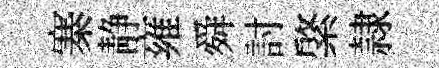
寨静雍舜討綮隷